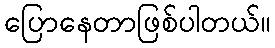
ပြောနေတာဖြစ်ပါတယ်။